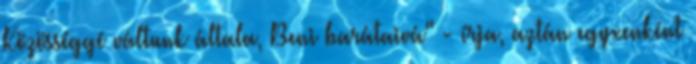
Közösséggé váltunk általa, Beni barátaivá" - írja, aztán egyxenként